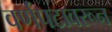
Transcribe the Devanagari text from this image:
वर्णपटावरून